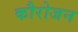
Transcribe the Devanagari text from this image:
कौरोजन